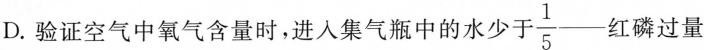
D.验证空气中氧气含量时，进入集气瓶中的水少于 \frac{1}{5} —红磷过量